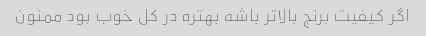
اگر کیفیت برنج بالاتر باشه بهتره در کل خوب بود ممنون